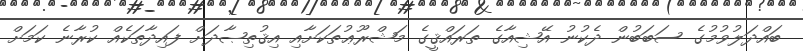
ބައްދަލުވުމުގެ ސަބަބުން ދެކުނު އޭޝިއާގެ ތަރައްޤީގެ މަޝްރޫޢުތަކަށާއި އިޤުތިޞާދަށް ފައިދާތަކެއް ކުރާނެ ކަމަށް